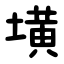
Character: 墴